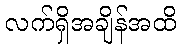
လက်ရှိအချိန်အထိ